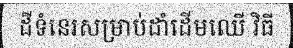
ដីទំនេរសម្រាប់ដាំដើមឈើ វិធី